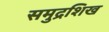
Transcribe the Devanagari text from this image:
समुद्रशिख